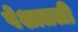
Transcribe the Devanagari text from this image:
पेशातली